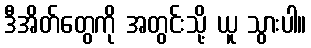
ဒီအိတ်တွေကို အတွင်းသို့ ယူ သွားပါ။